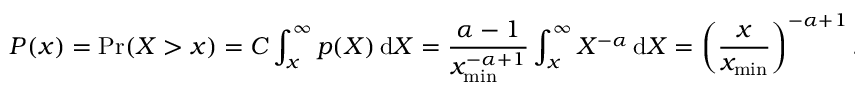
P ( x ) = \operatorname* { P r } ( X > x ) = C \int _ { x } ^ { \infty } p ( X ) \, \mathrm { d } X = { \frac { \alpha - 1 } { x _ { \operatorname* { m i n } } ^ { - \alpha + 1 } } } \int _ { x } ^ { \infty } X ^ { - \alpha } \, \mathrm { d } X = \left( { \frac { x } { x _ { \operatorname* { m i n } } } } \right) ^ { - \alpha + 1 } .